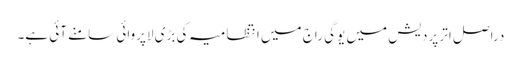
دراصل اتر پردیش میں یوگی راج میں انتظامیہ کی بڑی لاپروائی سامنے آئی ہے۔